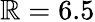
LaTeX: \mathbb{R}=6.5